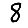
Digit: 8